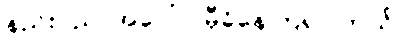
နည်းပညာအပေါ်ပဲ မှီခိုနေကြရပါတယ်။